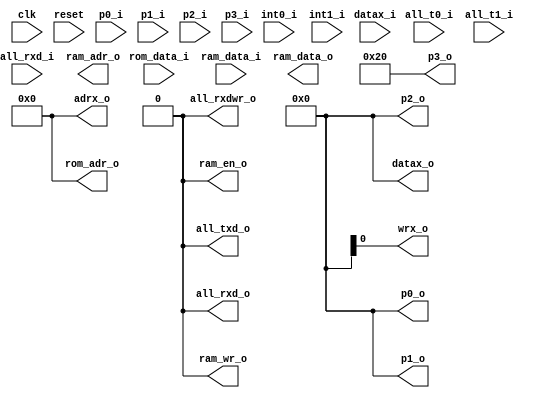
// This program was cloned from: https://github.com/atrac17/Toaplan2
// License: GNU General Public License v3.0

module mc8051_core(
    input           clk,
    input           reset,
    input  [7:0]    rom_data_i,
    input  [7:0]    ram_data_i,
    input           int0_i,
    input           int1_i,
    input           all_t0_i,
    input           all_t1_i,
    input           all_rxd_i,
    input  [7:0]    p0_i,
    input  [7:0]    p1_i,
    input  [7:0]    p2_i,
    input  [7:0]    p3_i,
    output [7:0]    p0_o,
    output [7:0]    p1_o,
    output [7:0]    p2_o,
    output [7:0]    p3_o,
    output          all_rxd_o,
    output          all_txd_o,
    output          all_rxdwr_o,
    output [15:0]   rom_adr_o,
    output [ 7:0]   ram_data_o,
    output [ 6:0]   ram_adr_o,
    output          ram_wr_o,
    output          ram_en_o,
    input  [ 7:0]   datax_i,
    output [ 7:0]   datax_o,
    output [15:0]   adrx_o,
    output          wrx_o
);

assign rom_adr_o = 16'd0;
assign ram_en_o  = 1'b0;
assign ram_wr_o  = 1'b0;
assign datax_o   = 8'd0;
assign adrx_o    = 16'd0;

assign p0_o      = 8'd0;
assign p1_o      = 8'd0;
assign p2_o      = 8'd0;
assign p3_o      = 8'h20;

assign all_rxd_o = 1'b0;
assign all_txd_o = 1'b0;
assign all_rxdwr_o = 1'b0;

endmodule // mc8051_core